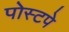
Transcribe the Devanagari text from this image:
पोस्टपे